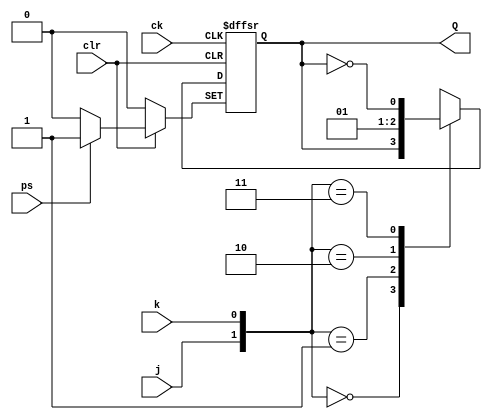
module flipflopjk(
	input j,k,ck,clr,ps,
	output reg Q
);


	always@(posedge ck or negedge clr or posedge ps)
	begin
		if(!clr)
			Q = 0;	
		else if(ps)
			Q = 1;		
		else
			begin 
			case({j,k})
				0: Q = Q;
				1: Q = 0;
				2: Q = 1;
				3: Q = ~Q;
			endcase
		end
	end

		
endmodule